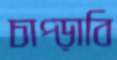
চাপ্‌ড়াবি